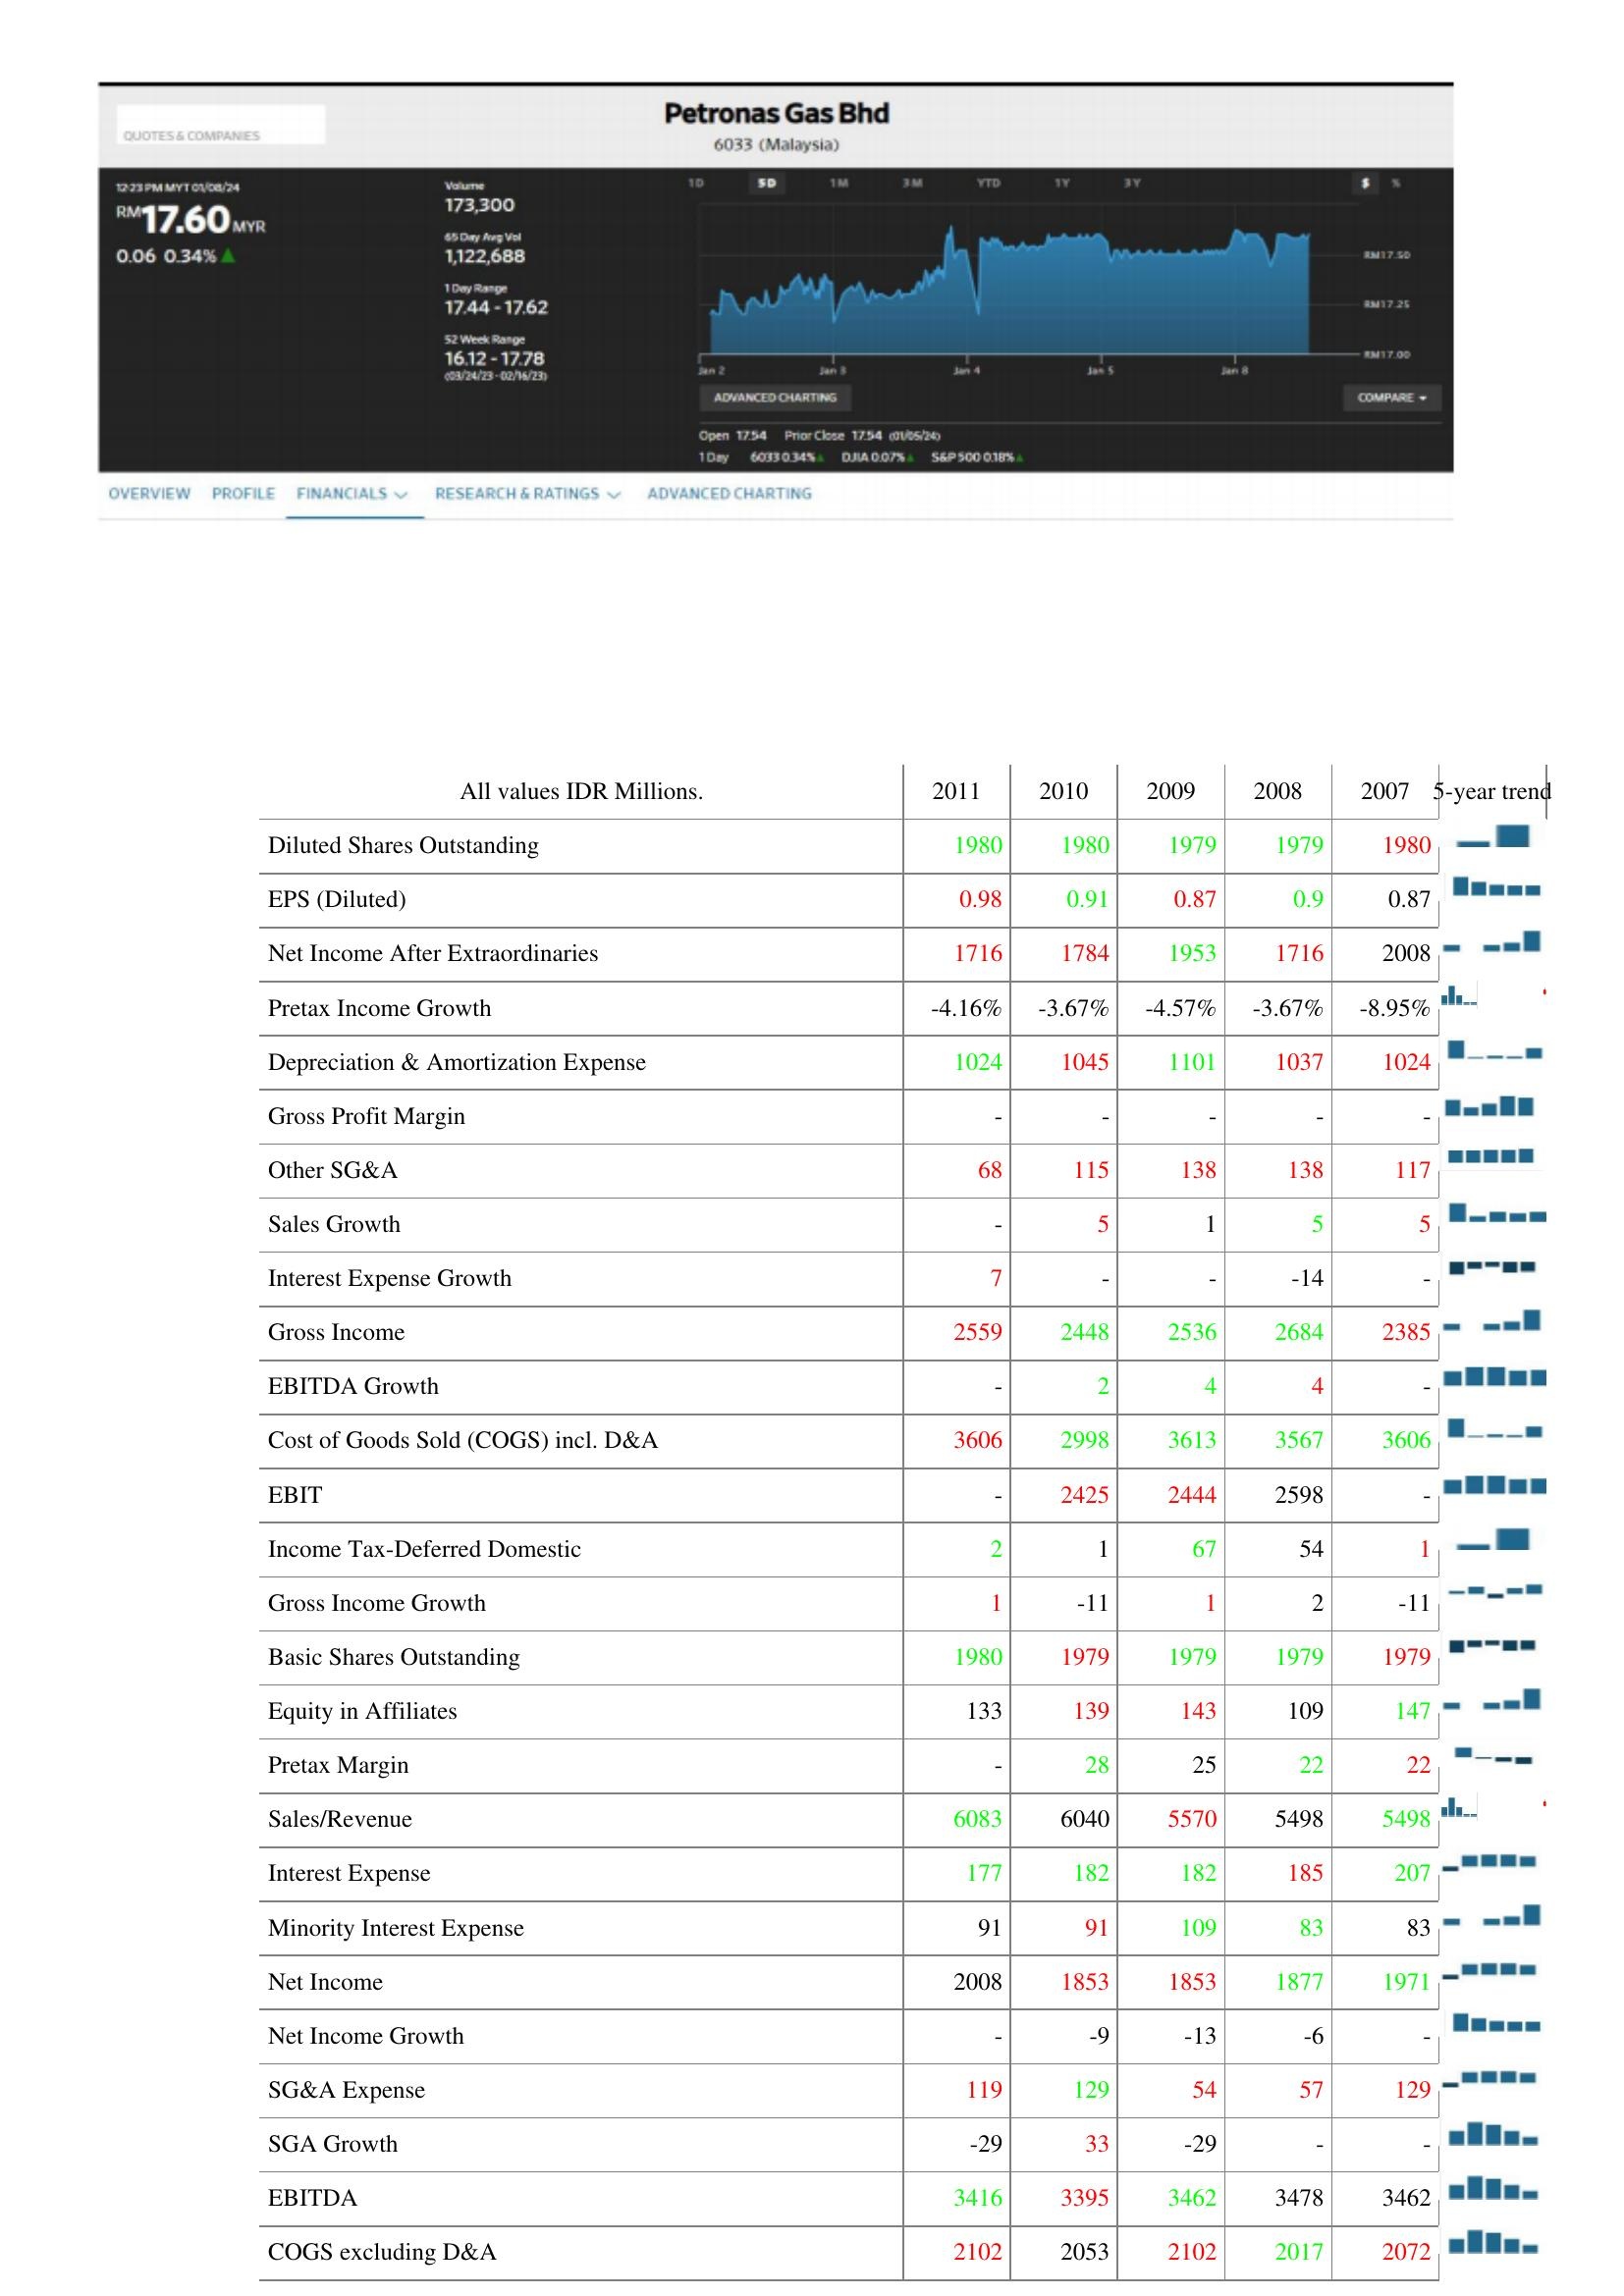
2011: : Diluted Shares Outstanding: 1980
EPS (Diluted): 0.98
Net Income After Extraordinaries: 1716
Pretax Income Growth: -4.16%
Depreciation & Amortization Expense: 1024
Gross Profit Margin: -
Other SG&A: 68
Sales Growth: -
Interest Expense Growth: 7
Gross Income: 2559
EBITDA Growth: -
Cost of Goods Sold (COGS) incl. D&A: 3606
EBIT: -
Income Tax-Deferred Domestic: 2
Gross Income Growth: 1
Basic Shares Outstanding: 1980
Equity in Affiliates: 133
Pretax Margin: -
Sales/Revenue: 6083
Interest Expense: 177
Minority Interest Expense: 91
Net Income: 2008
Net Income Growth: -
SG&A Expense: 119
SGA Growth: -29
EBITDA: 3416
COGS excluding D&A: 2102
2010: : Diluted Shares Outstanding: 1980
EPS (Diluted): 0.91
Net Income After Extraordinaries: 1784
Pretax Income Growth: -3.67%
Depreciation & Amortization Expense: 1045
Gross Profit Margin: -
Other SG&A: 115
Sales Growth: 5
Interest Expense Growth: -
Gross Income: 2448
EBITDA Growth: 2
Cost of Goods Sold (COGS) incl. D&A: 2998
EBIT: 2425
Income Tax-Deferred Domestic: 1
Gross Income Growth: -11
Basic Shares Outstanding: 1979
Equity in Affiliates: 139
Pretax Margin: 28
Sales/Revenue: 6040
Interest Expense: 182
Minority Interest Expense: 91
Net Income: 1853
Net Income Growth: -9
SG&A Expense: 129
SGA Growth: 33
EBITDA: 3395
COGS excluding D&A: 2053
2009: : Diluted Shares Outstanding: 1979
EPS (Diluted): 0.87
Net Income After Extraordinaries: 1953
Pretax Income Growth: -4.57%
Depreciation & Amortization Expense: 1101
Gross Profit Margin: -
Other SG&A: 138
Sales Growth: 1
Interest Expense Growth: -
Gross Income: 2536
EBITDA Growth: 4
Cost of Goods Sold (COGS) incl. D&A: 3613
EBIT: 2444
Income Tax-Deferred Domestic: 67
Gross Income Growth: 1
Basic Shares Outstanding: 1979
Equity in Affiliates: 143
Pretax Margin: 25
Sales/Revenue: 5570
Interest Expense: 182
Minority Interest Expense: 109
Net Income: 1853
Net Income Growth: -13
SG&A Expense: 54
SGA Growth: -29
EBITDA: 3462
COGS excluding D&A: 2102
2008: : Diluted Shares Outstanding: 1979
EPS (Diluted): 0.9
Net Income After Extraordinaries: 1716
Pretax Income Growth: -3.67%
Depreciation & Amortization Expense: 1037
Gross Profit Margin: -
Other SG&A: 138
Sales Growth: 5
Interest Expense Growth: -14
Gross Income: 2684
EBITDA Growth: 4
Cost of Goods Sold (COGS) incl. D&A: 3567
EBIT: 2598
Income Tax-Deferred Domestic: 54
Gross Income Growth: 2
Basic Shares Outstanding: 1979
Equity in Affiliates: 109
Pretax Margin: 22
Sales/Revenue: 5498
Interest Expense: 185
Minority Interest Expense: 83
Net Income: 1877
Net Income Growth: -6
SG&A Expense: 57
SGA Growth: -
EBITDA: 3478
COGS excluding D&A: 2017
2007: : Diluted Shares Outstanding: 1980
EPS (Diluted): 0.87
Net Income After Extraordinaries: 2008
Pretax Income Growth: -8.95%
Depreciation & Amortization Expense: 1024
Gross Profit Margin: -
Other SG&A: 117
Sales Growth: 5
Interest Expense Growth: -
Gross Income: 2385
EBITDA Growth: -
Cost of Goods Sold (COGS) incl. D&A: 3606
EBIT: -
Income Tax-Deferred Domestic: 1
Gross Income Growth: -11
Basic Shares Outstanding: 1979
Equity in Affiliates: 147
Pretax Margin: 22
Sales/Revenue: 5498
Interest Expense: 207
Minority Interest Expense: 83
Net Income: 1971
Net Income Growth: -
SG&A Expense: 129
SGA Growth: -
EBITDA: 3462
COGS excluding D&A: 2072